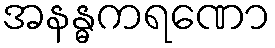
အနန္ဓကရဏော